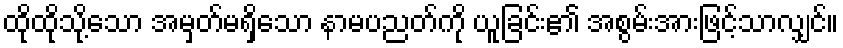
ထိုထိုသို့သော အမှတ်မရှိသော နာမပညတ်ကို ယူခြင်း၏ အစွမ်းအားဖြင့်သာလျှင်။